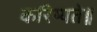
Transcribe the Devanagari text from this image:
करिष्यते॥